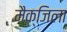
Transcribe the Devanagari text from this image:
मैक्जिला